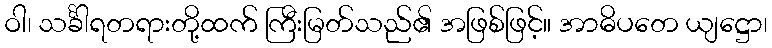
ဝါ၊ သင်္ခါရတရားတို့ထက် ကြီးမြတ်သည်၏ အဖြစ်ဖြင့်။ အာဓိပတေ ယျဋ္ဌော၊